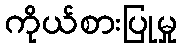
ကိုယ်စားပြုမှု